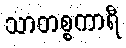
သာတစ္စကာရီ